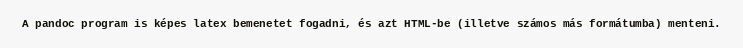
A pandoc program is képes latex bemenetet fogadni, és azt HTML-be (illetve számos más formátumba) menteni.